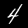
Digit: 4